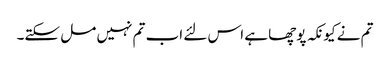
تم نے کیونکہ پوچھا ہے اس لئے اب تم نہیں مل سکتے۔